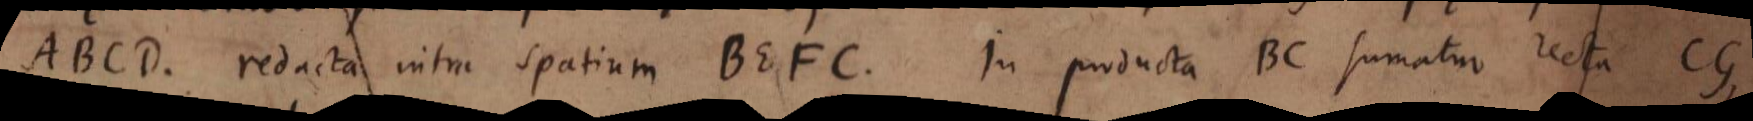
ABCD redacta intra spatium BEFC. In producta BC sumatur recta CG,